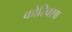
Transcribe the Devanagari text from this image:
कोरिक्सा